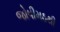
જોષીમઠથી